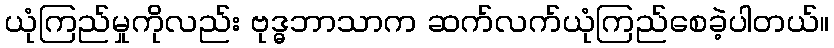
ယုံကြည်မှုကိုလည်း ဗုဒ္ဓဘာသာက ဆက်လက်ယုံကြည်စေခဲ့ပါတယ်။